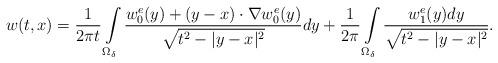
LaTeX: \begin{align*}w(t,x)=\frac{1}{2\pi t}\int\limits_{\Omega_{\delta}}\frac{w^e_0(y)+(y-x)\cdot\nabla w^e_0(y)}{\sqrt{t^2-|y-x|^2}}dy+\frac{1}{2\pi}\int\limits_{\Omega_{\delta}}\frac{w^e_1(y)dy}{\sqrt{t^2-|y-x|^2}}.\end{align*}